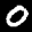
Label: 0